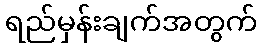
ရည်မှန်းချက်အတွက်